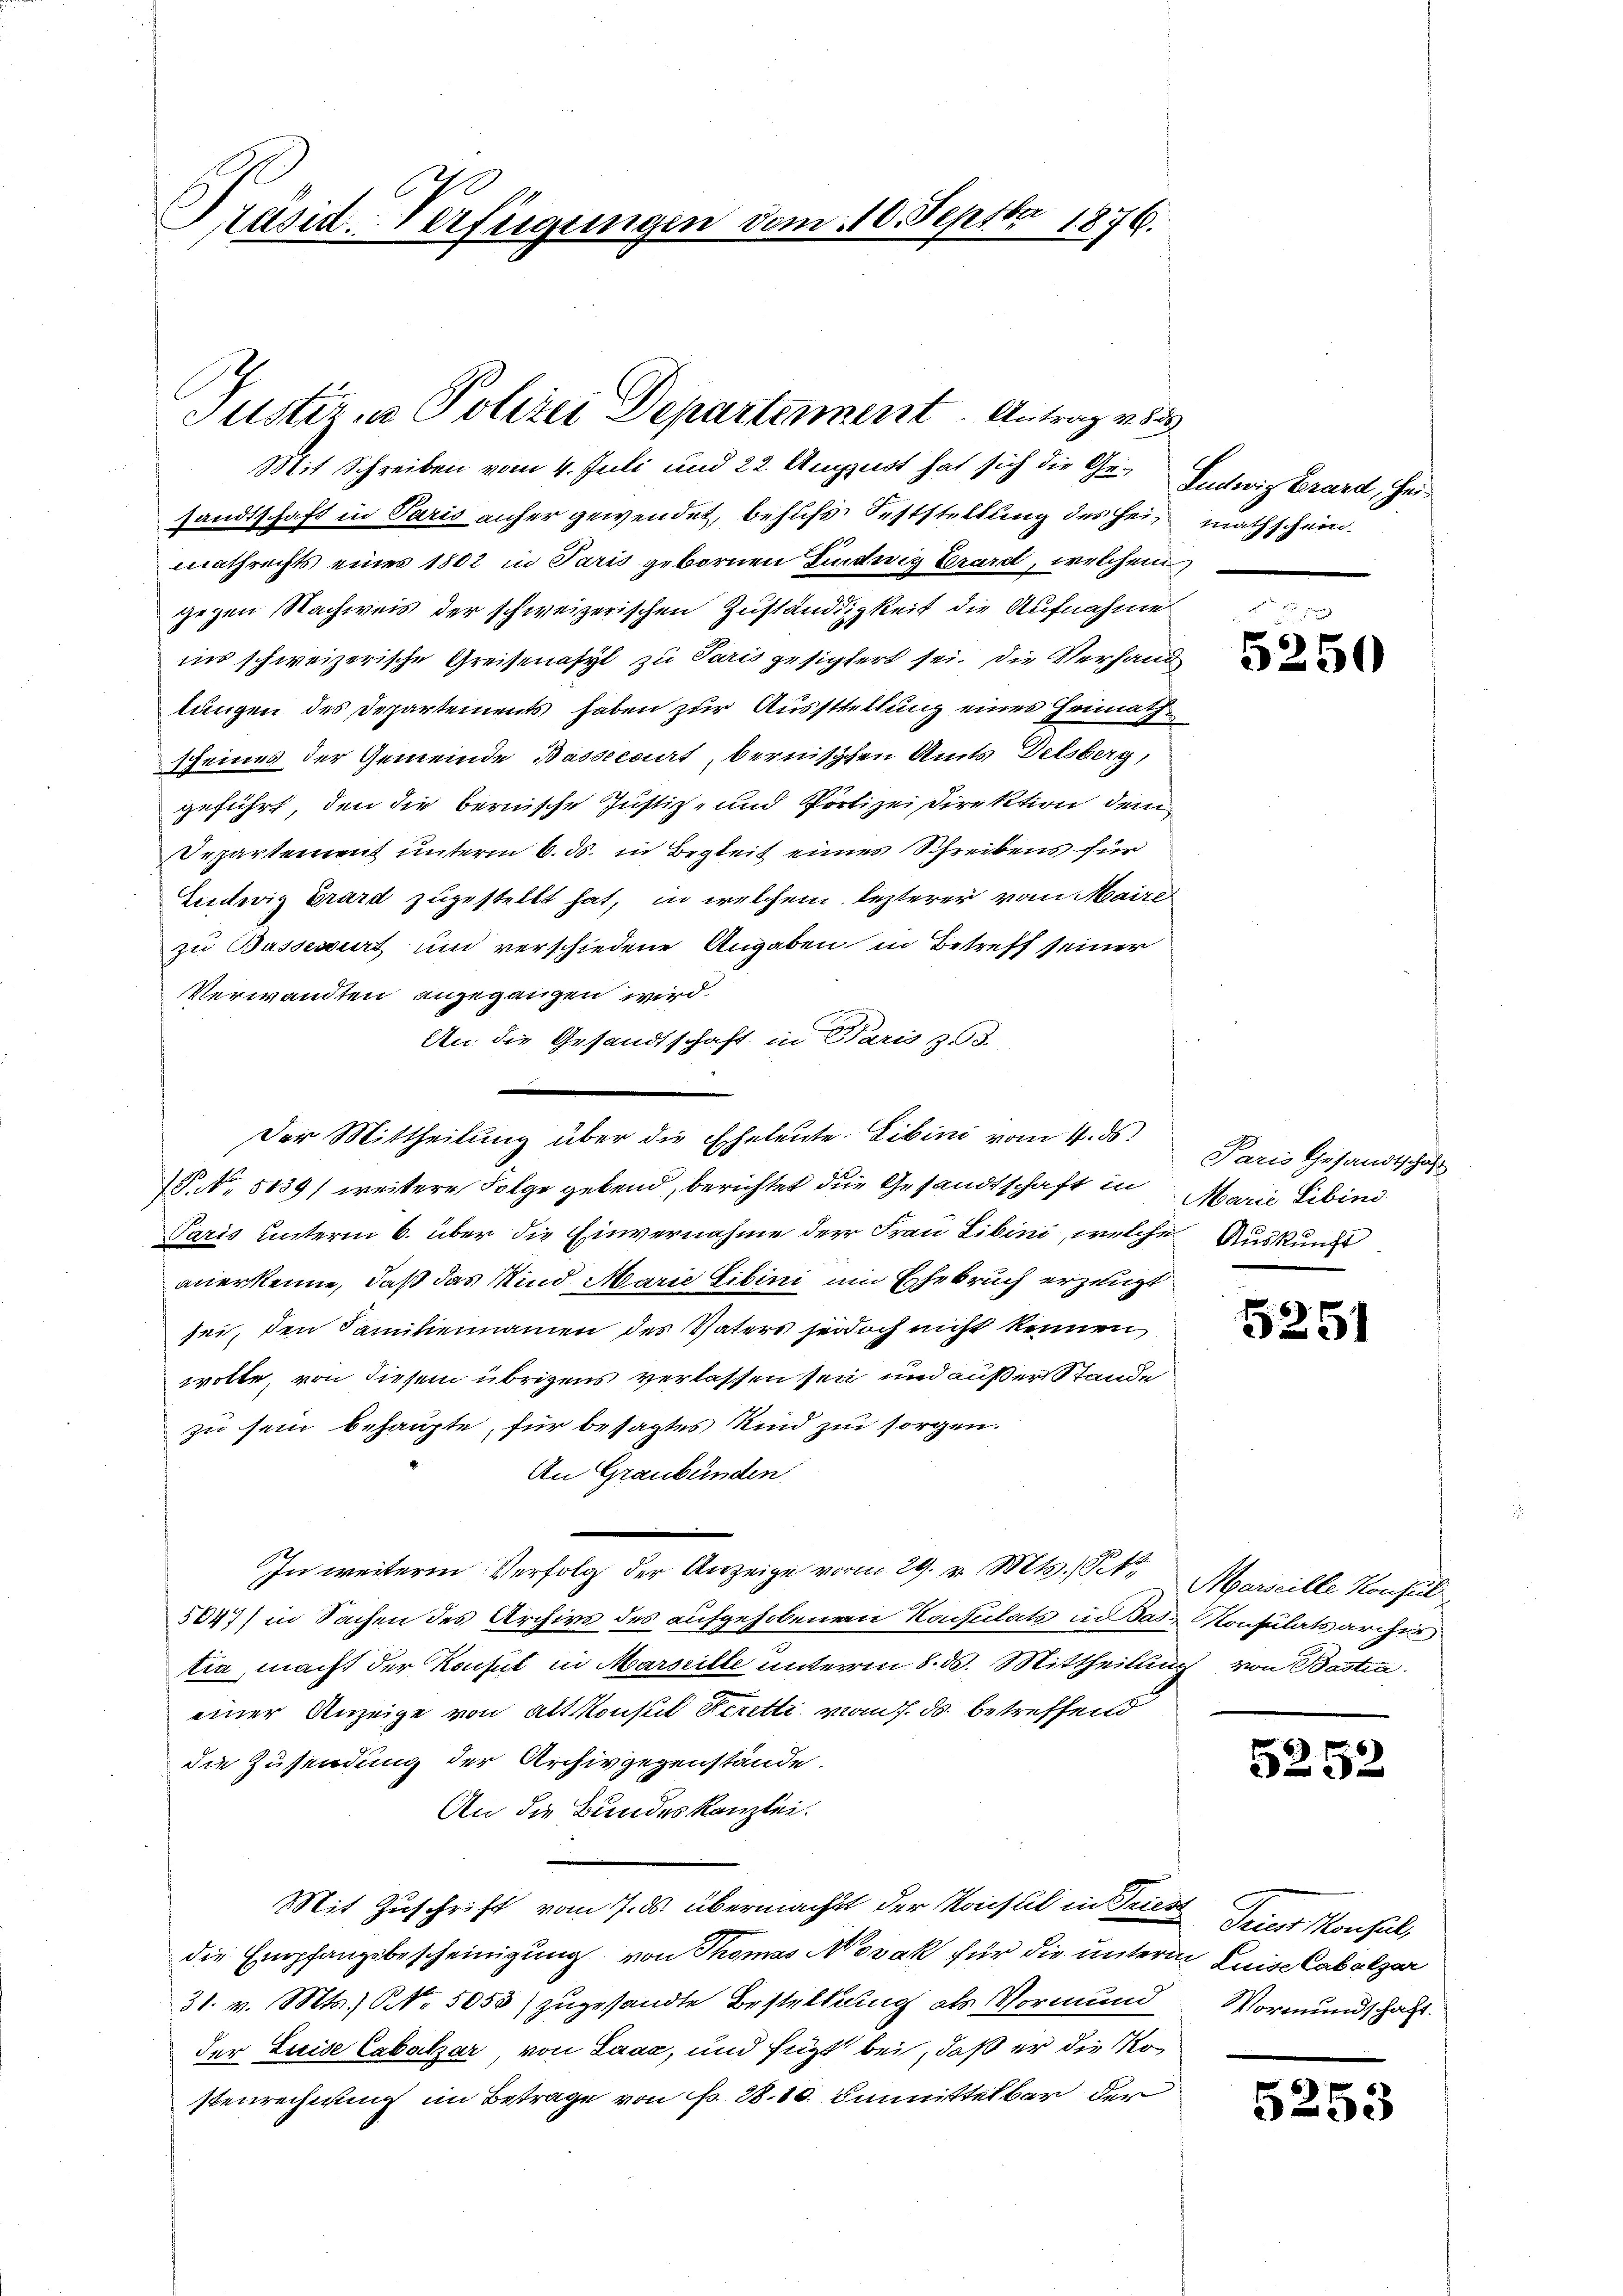
Präsid. Verfügungen vom 10. Septbr 1876.

Justiz in Polizei Departement. Antrag v. 53

Mit Schreiben vom 4. Juli und 22. August hat sich die Ge- Ludwig Brard, Heisandtschaft in Paris anher gewendet, behufs Feststellung des Heimathschein.
mathrechts eines 1802 in Paris gebornen Ludwig Grard, welchem
gegen Nachweis der schweizerischen Zuständigkeit die Aufnahme
ins schweizerische Greisenasyl zu Paris gesichtert sei. Die Verhand
lungen des Departements haben zur Ausstellung eines Heimathscheines der Gemeinde Bassecourt, bernischen Amts Delsberg,
geführt, den die bernische Justiz- und Polizeidirektion dem
Separtement unterm 6. ds. in Begleit eines Schreibens für
Ludwig Erard zugestellt hat, in welchem lezterer vom Maire
zu Basserirt und verschiedene Angaben in Betreff seiner
Verwandten angegangen wird.
An die Gesandtschaft in Paris zu 3.
P NNo. 5139) weitere Folge gebend, berichtet die Gesandtschaft in Marie Sibini
Paris unterm 6. über die Einvernahme der Frau Libini, welche Auskunft
anerkenne, daß das Kind Marie Gibini um Ehebruch erzeugt
sei, den Familiennamen des Vaters sei doch nicht kennen,
wolte, von diesem übrigens verlassen sei und außer Stande
zu sein behaupte, für besagtes Kind zu sorgen.
An Graubünden.
In weitere Verfolg der Anzeige vorm 29. v. Mts., St. Marseille Konsul
5047) in Sachen des Archivs des aufgehobenen Konsulats in das Konsulatsarcher
tia, macht der Konsul in Marseille unterm 8. d. Mittheilung von Bastia
einer Anzeige von alt Konsul Ferietti vom 7. ds. betreffend
die Zusendung der Archivgegenstände.
An die Bundeskanzlei.
Mit Zuschrift vom 7. ds übermacht der Konsul in Triest Dein Konsul,
die Empfangsbescheinigung von Thomas Novak für die unterm Luise Cabalzer
31. v. Mts. NNo. 5053) zugesandte Bestellung als Vormund
der Luise Cabatzar, von Laac, und fügt bei, daß er die Kostenrechnung im Betrage von Fr. 28.10. unmittelbar der

Der Mittheilung über die Eheleute Libini vom 4. ds.

5250

Paris Gesandtschaft

5251

5252

Vormundschaft.

5253